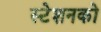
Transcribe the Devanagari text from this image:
स्टेशनको